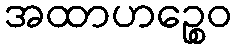
အထာဟဉ္စေဝ